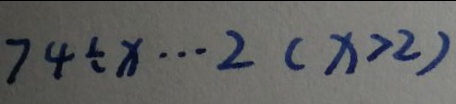
7 4 \div x \cdots 2 ( x > 2 )